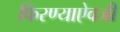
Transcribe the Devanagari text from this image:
फिरण्याऐवजी